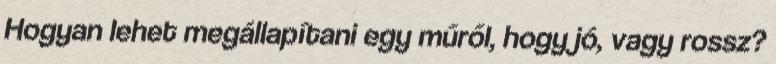
Hogyan lehet megállapítani egy műről, hogy jó, vagy rossz?